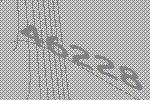
46228